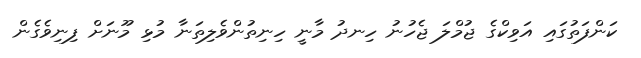
ކަންފަތުގައި އަވިކްގެ ޖުމްލަ ޖެހުނު ހިނދު މާނީ ހިނިތުންވެލިތަނާ މުޅި މޫނަށް ފިނިވެގެން